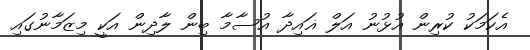
އެކަމަކު ކުރިން އުޅުނު އަލް ޣައިދާ އުސާމާ ބިން ލާދިން އަކީ މިޒަމާނުގައި